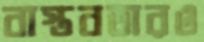
বাস্তবতারও